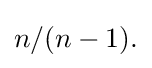
{\textstyle n/(n-1).}